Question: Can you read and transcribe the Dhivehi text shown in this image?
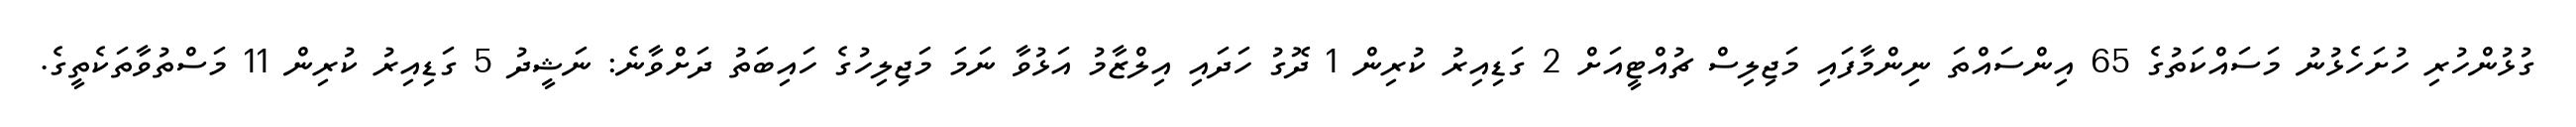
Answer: ގުޅުންހުރި ހުށަހެޅުނު މަސައްކަތުގެ 65 އިންސައްތަ ނިންމާފައި މަޖިލިސް ޗުއްޓީއަށް 2 ގަޑިއިރު ކުރިން 1 ދޮގު ހަދައި އިލްޒާމު އަޅުވާ ނަމަ މަޖިލިހުގެ ހައިބަތު ދަށްވާނެ: ނަޝީދު 5 ގަޑިއިރު ކުރިން 11 މަސްތުވާތަކެތީގެ.